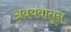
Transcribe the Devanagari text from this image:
अवयवांतून